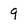
Character: 9